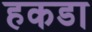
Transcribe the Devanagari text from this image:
हकडा